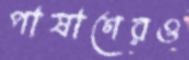
পাষাণেরও